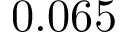
0 . 0 6 5